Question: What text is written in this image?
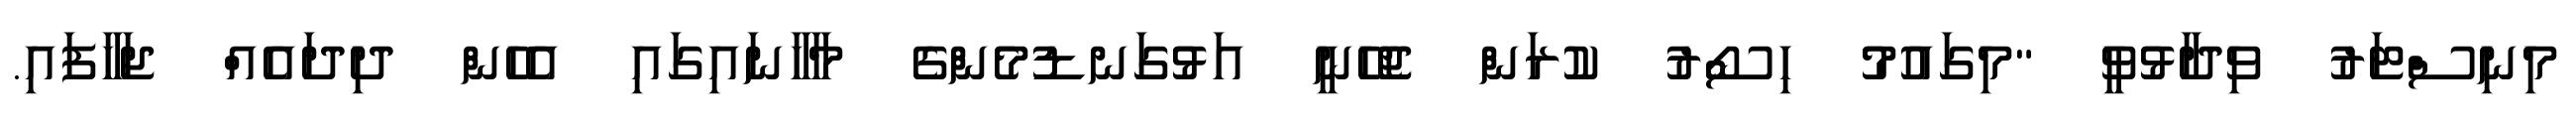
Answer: މިނިސްޓަރު ވިދާޅުވީ "މިގައުމު ހިސޯރު ކުރަން ޖެހޭނީ އަޅުގަނޑުމެންގެ މާހާނައިގައި އެހެން ދިދައެއް ޖަހާފައި.